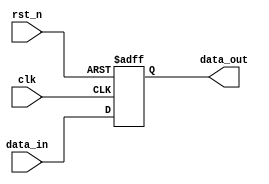
module edge_sensitive_block (
    input wire clk,         // Clock input
    input wire rst_n,      // Active low reset
    input wire [7:0] data_in, // 8-bit input data
    output reg [7:0] data_out // 8-bit output data
);

// Always block sensitive to the positive edge of the clock and the negative edge of reset
always @(posedge clk or negedge rst_n) begin
    if (!rst_n) begin
        // Initialization logic: Reset output to zero
        data_out <= 8'b0;
    end else begin
        // State update logic: On positive edge, update output with input data
        data_out <= data_in;
    end
end

endmodule